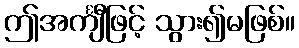
ဤအင်္ကျီဖြင့် သွား၍မဖြစ်။